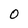
Character: 0